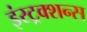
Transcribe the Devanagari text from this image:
इंस्ट्रक्शन्स